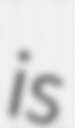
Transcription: is